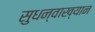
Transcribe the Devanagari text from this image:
सुधन्वाख्यान